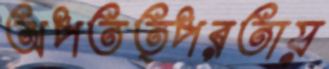
অপতত্পরতায়